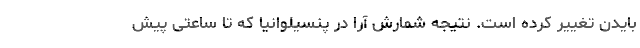
بایدن تغییر کرده است. نتیجه شمارش آرا در پنسیلوانیا که تا ساعتی پیش